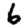
Digit: 6